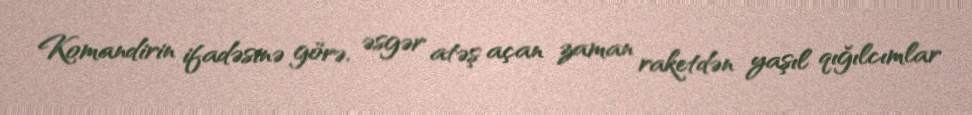
Komandirin ifadəsinə görə, əsgər atəş açan zaman raketdən yaşıl qığılcımlar